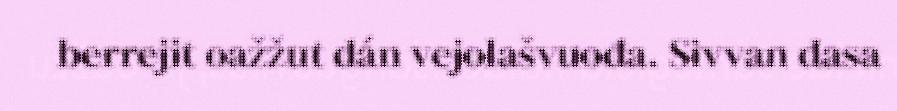
berrejit oažžut dán vejolašvuođa. Sivvan dasa